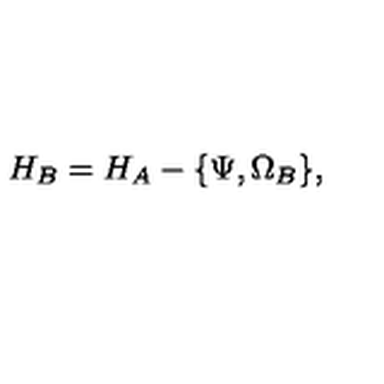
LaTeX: H _ { B } = H _ { A } - \{ \Psi , \Omega _ { B } \} ,